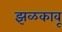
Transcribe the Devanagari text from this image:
झळकावू